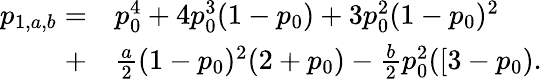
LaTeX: \begin{array}{rl}{p_{1,a,b}=}&{{}p_{0}^{4}+4p_{0}^{3}(1-p_{0})+3p_{0}^{2}(1-p_{0})^{2}}\\ {+}&{{}\frac{a}{2}(1-p_{0})^{2}(2+p_{0})-\frac{b}{2}p_{0}^{2}([3-p_{0}).}\end{array}